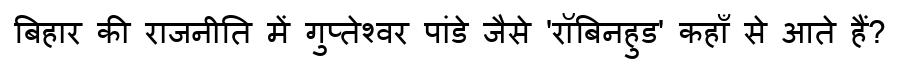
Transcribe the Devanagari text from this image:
बिहार की राजनीति में गुप्तेश्वर पांडे जैसे 'रॉबिनहुड' कहाँ से आते हैं?